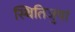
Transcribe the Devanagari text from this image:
स्थितिजुषां